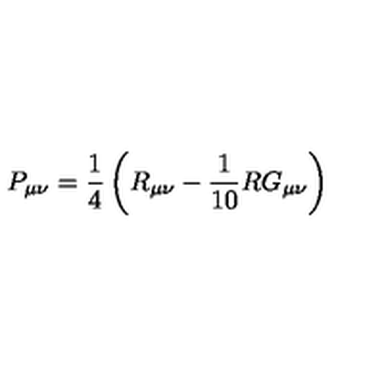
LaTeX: P _ { \mu \nu } = \frac { 1 } { 4 } \left( R _ { \mu \nu } - \frac { 1 } { 1 0 } R G _ { \mu \nu } \right)